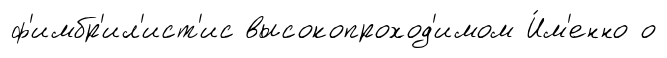
ф'имбр'ил'ист'ис высокопроход'имом И́м'енно о